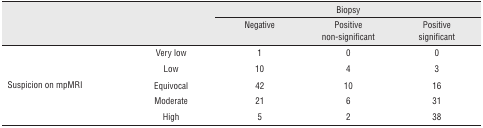
|  |  | <COLSPAN=3> Biopsy |
 |  |  | Negative | Positive non-significant | Positive significant |
 | --- | --- | --- | --- | --- |
 | <ROWSPAN=5> Suspicion on mpMRI | Very low | 1 | 0 | 0 |
 | Low | 10 | 4 | 3 |
 | Equivocal | 42 | 10 | 16 |
 | Moderate | 21 | 6 | 31 |
 | High | 5 | 2 | 38 |